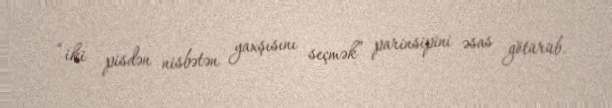
“iki pisdən nisbətən yaxşısını seçmək” parinsipini əsas götürüb.